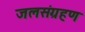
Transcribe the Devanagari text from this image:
जलसंग्रहण